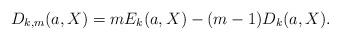
LaTeX: \begin{align*}D_{k,m}(a,X)=mE_{k}(a,X)-(m-1)D_{k}(a,X).\end{align*}